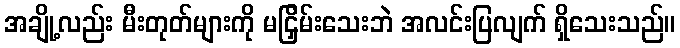
အချို့လည်း မီးတုတ်များကို မငြှိမ်းသေးဘဲ အလင်းပြလျက် ရှိသေးသည်။